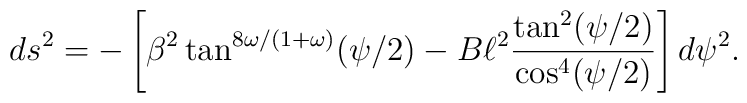
ds^2= -\left[\beta^2\tan^{8\omega/(1+\omega)}(\psi/2)-B\ell^2\frac{\tan^2(\psi/2)}{\cos^4(\psi/2)}\right]d\psi^2 .